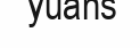
yuans